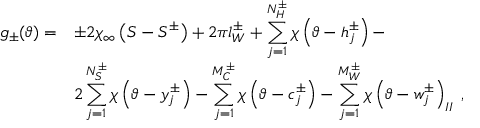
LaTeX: \begin{array} { r l } { { \displaystyle g _ { \pm } ( \vartheta ) = } } & { { \pm 2 \chi _ { \infty } \left( S - S ^ { \pm } \right) + 2 \pi l _ { W } ^ { \pm } + \displaystyle \sum _ { j = 1 } ^ { N _ { H } ^ { \pm } } \chi \left( \vartheta - h _ { j } ^ { \pm } \right) - } } \\ { { } } & { { 2 \displaystyle \sum _ { j = 1 } ^ { N _ { S } ^ { \pm } } \chi \left( \vartheta - y _ { j } ^ { \pm } \right) - \displaystyle \sum _ { j = 1 } ^ { M _ { C } ^ { \pm } } \chi \left( \vartheta - c _ { j } ^ { \pm } \right) - \displaystyle \sum _ { j = 1 } ^ { M _ { W } ^ { \pm } } \chi \left( \vartheta - w _ { j } ^ { \pm } \right) _ { I I } \: , } } \end{array}